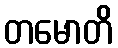
တမောတိ